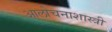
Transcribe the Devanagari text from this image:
आलोचनाशास्त्री